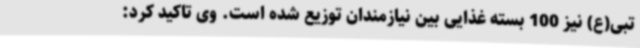
تبی(ع) نیز 100 بسته غذایی بین نیازمندان توزیع شده است. وی تاکید کرد: